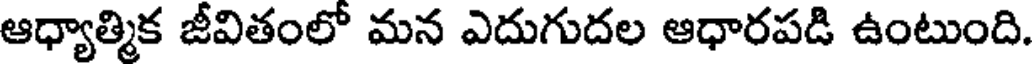
ఆధ్యాత్మిక జీవితంలో మన ఎదుగుదల ఆధారపడి ఉంటుంది.